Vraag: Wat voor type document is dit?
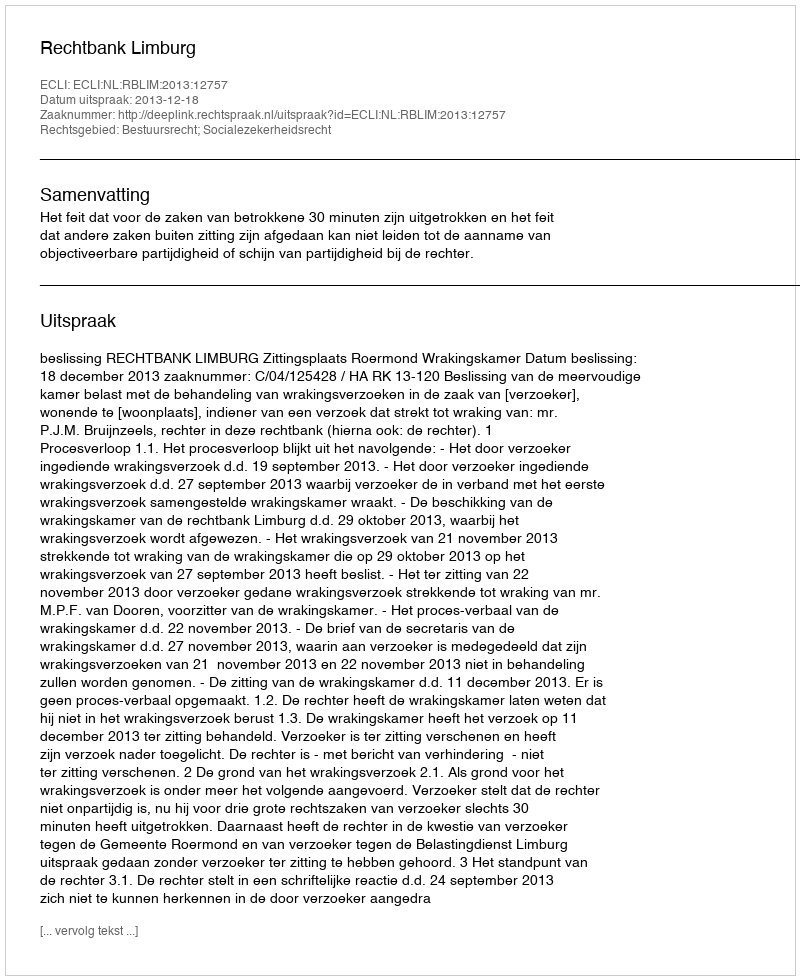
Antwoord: Uitspraak